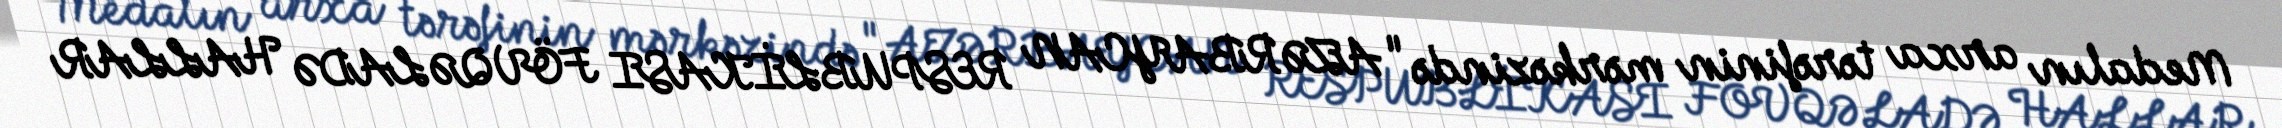
Medalın arxa tərəfinin mərkəzində "AZƏRBAYCAN RESPUBLİKASI FÖVQƏLADƏ HALLAR